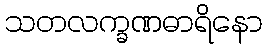
သတလက္ခဏဓာရိနော